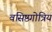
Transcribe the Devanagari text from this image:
वसिष्ठगोत्रिय